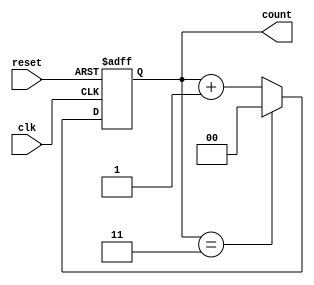
module contador_2bit_asc (
  input clk, 
  input reset, 
  output reg [1:0] count 
);

  reg [1:0] next_count;

  always @(posedge clk or posedge reset) begin
    if (reset) begin

      count <= 2'b00;
    end else begin

      count <= next_count;
    end
  end

  always @* begin

    if (count == 2'b11) begin
      next_count = 2'b00; 
    end else begin
      next_count = count + 1; 
    end
  end

endmodule